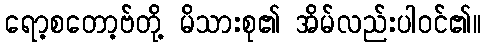
ရော့စတော့ဗ်တို့ မိသားစု၏ အိမ်လည်းပါဝင်၏။